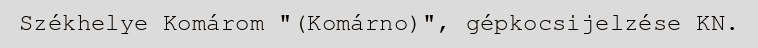
Székhelye Komárom "(Komárno)", gépkocsijelzése KN.